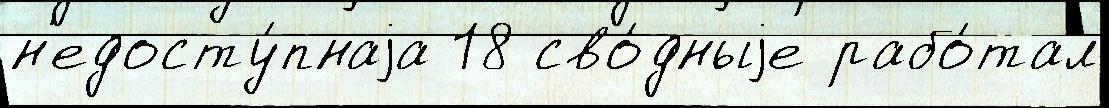
н'едосту́пнаjа 18 сво́дныjе рабо́тал